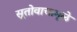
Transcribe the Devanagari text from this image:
सूतोवाचामूळे